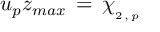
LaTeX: u _ { p } z _ { m a x } \, = \, \chi _ { _ { 2 \, , \, p } }